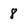
Character: 8